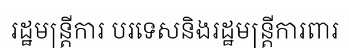
រដ្ឋមន្ត្រីការ បរទេសនិងរដ្ឋមន្ត្រីការពារ